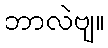
ဘာလဲဗျ။